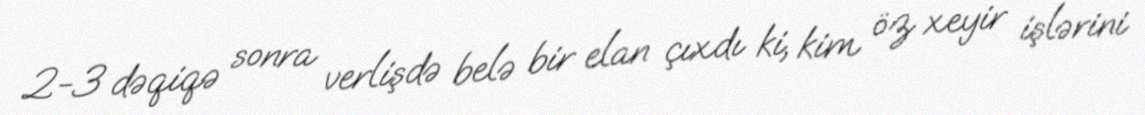
2-3 dəqiqə sonra verlişdə belə bir elan çıxdı ki, kim öz xeyir işlərini